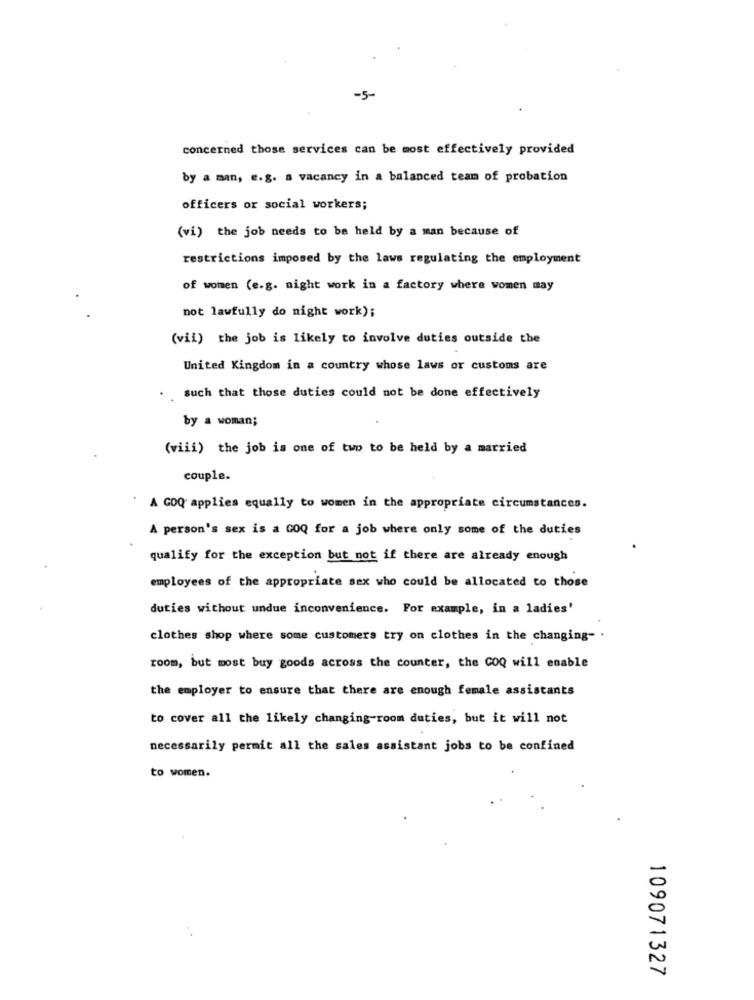
-5-
concerned those services can be most effectively provided
by a man, e.g. a vacancy in a balanced team of probation
officers or social workers;
(vi) the job needs to be held by a man because of
restrictions imposed by the laws regulating the employment
of women (e.g. night work in a factory where women may
not lawfully do night work);
(vii) the job is likely to involve duties outside the
United Kingdom in a country whose laws or customs are
such that those duties could not be done effectively
by a woman;
(viii) the job is one of two to be held by a married
couple.
A GOQ applies equally to women in the appropriate circumstances.
A person's sex is a GOQ for a job where only some of the duties
qualify for the exception but not if there are already enough
employees of the appropriate sex who could be allocated to those
duties without undue inconvenience. For example, in a ladies'
clothes shop where some customers try on clothes in the changing- .
room, but most buy goods across the counter, the COQ will enable
the employer to ensure that there are enough female assistants
to cover all the likely changing room duties, but it will not
necessarily permit all the sales assistant jobs to be confined
to women.
109071327